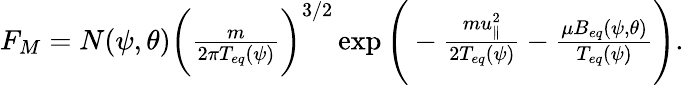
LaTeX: \begin{array}{r}{F_{M}=N(\psi,\theta)\bigg(\frac{m}{2\pi T_{eq}(\psi)}\bigg)^{3/2}\exp{\Bigg(-\frac{mu_{\parallel}^{2}}{2T_{eq}(\psi)}-\frac{\mu B_{eq}(\psi,\theta)}{T_{eq}(\psi)}\Bigg)}.}\end{array}